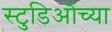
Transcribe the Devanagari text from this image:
स्टुडिऒंच्या